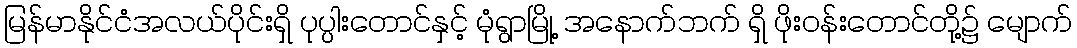
မြန်မာနိုင်ငံအလယ်ပိုင်းရှိ ပုပ္ပါးတောင်နှင့် မုံရွာမြို့ အနောက်ဘက် ရှိ ဖိုးဝန်းတောင်တို့၌ မျောက်